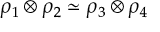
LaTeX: \rho _ { 1 } \otimes \rho _ { 2 } \simeq \rho _ { 3 } \otimes \rho _ { 4 }